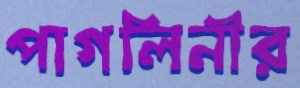
পাগলিনীর